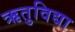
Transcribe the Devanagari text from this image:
ऋतुविद्या